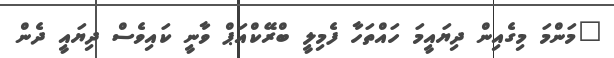
"މަންމަ މިގެއިން ދިޔައީމަ ހައްތަހާ ފެމިލީ ބްރޭކްއަޕް ވާނީ ކައިވެސް ދިޔައީ ދެން